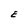
Character: E